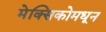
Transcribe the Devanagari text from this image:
मेक्सिकोमधून